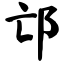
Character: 邙